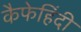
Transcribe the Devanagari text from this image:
कैफेहिंदी